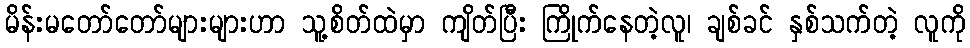
မိန်းမတော်တော်များများဟာ သူ့စိတ်ထဲမှာ ကျိတ်ပြီး ကြိုက်နေတဲ့လူ၊ ချစ်ခင် နှစ်သက်တဲ့ လူကို